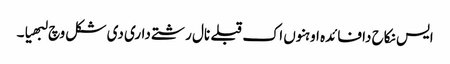
ایس نکاح دا فائدہ اوہنوں اک قبلے نال رشتے داری دی شکل وچ لبھیا۔